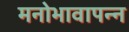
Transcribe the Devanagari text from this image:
मनोभावापन्न